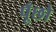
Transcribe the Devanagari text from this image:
पूँछो